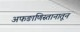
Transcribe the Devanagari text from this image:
अफङाणिस्तानातून